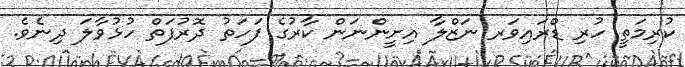
ކުރިމަތީ ހުރި ޑްރައިވަރ ނަޒްލާ އިށީންނަން ކާރުގެ ފަހަތު ދޮރުފަތް ހުޅުވާލަ ދިނެވެ.